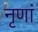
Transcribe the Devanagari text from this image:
नृणां